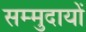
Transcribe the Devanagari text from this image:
सम्मुदायों